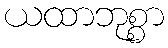
ယထာဘုစ္စာ